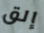
إلق